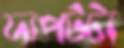
দাপটটা